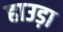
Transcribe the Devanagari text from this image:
हाउड़ा